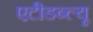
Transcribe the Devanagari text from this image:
एटीडब्ल्यू